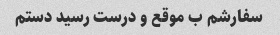
سفارشم ب موقع و درست رسید دستم